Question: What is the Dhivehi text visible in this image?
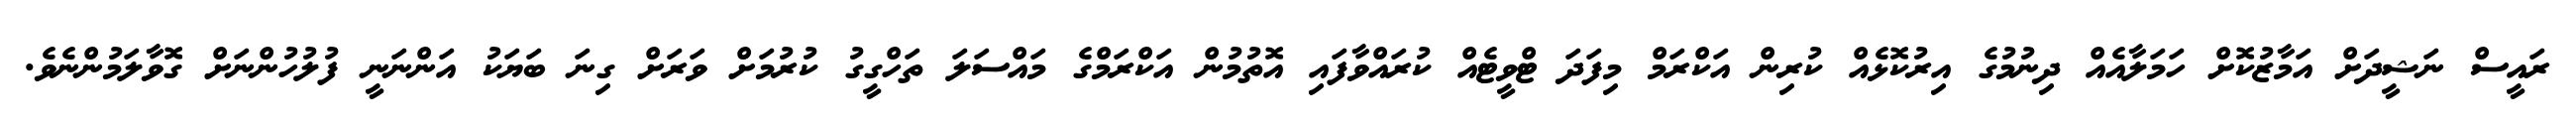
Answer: ރައީސް ނަޝީދަށް އަމާޒުކޮށް ހަމަލާއެއް ދިނުމުގެ އިރުކޮޅެއް ކުރިން އަކްރަމް މިފަދަ ޓްވީޓެއް ކުރައްވާފައި އޮތުމުން އަކްރަމްގެ މައްސަލަ ތަހްގީގު ކުރުމަށް ވަރަށް ގިނަ ބަޔަކު އަންނަނީ ފުލުހުންނަށް ގޮވާލަމުންނެވެ.